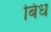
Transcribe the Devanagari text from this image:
बिंध